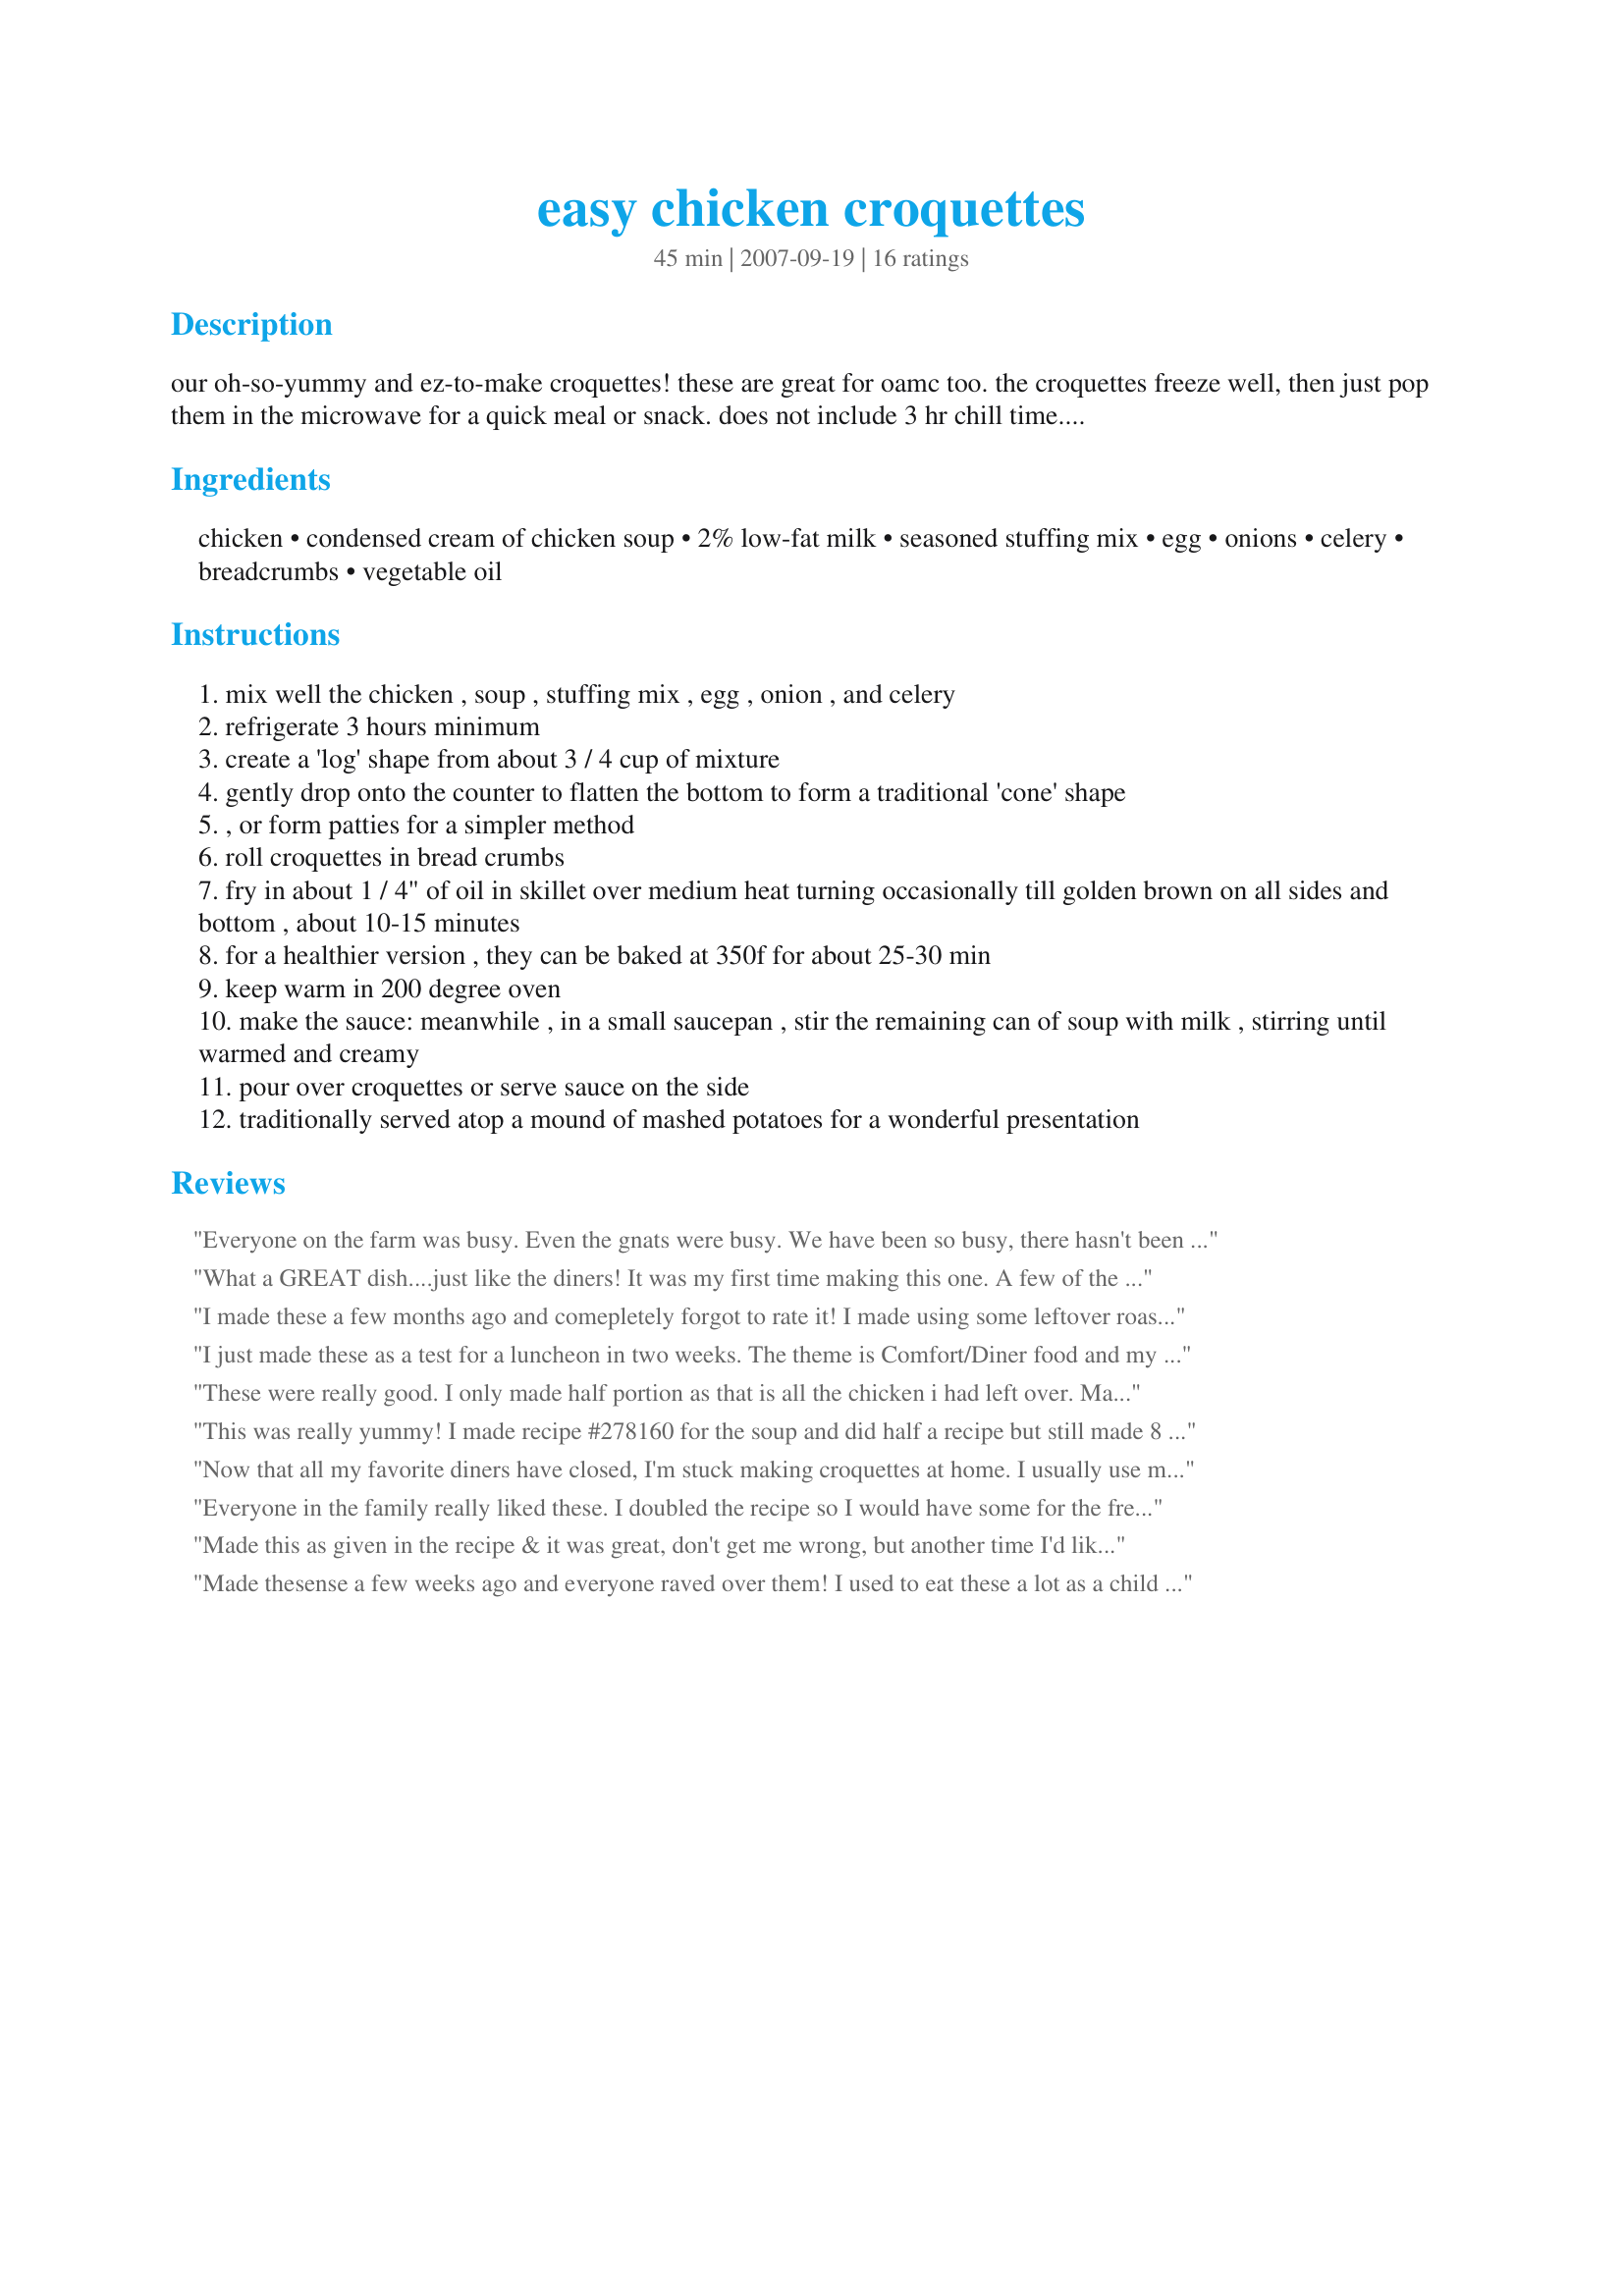
easy chicken croquettes
Preparation time: 45 minutes

our oh-so-yummy and ez-to-make croquettes! these are great for oamc too. the croquettes freeze well, then just pop them in the microwave for a quick meal or snack. does not include 3 hr chill time. cone shape is traditional for croquettes, but i have made patty shaped ones that are just as wonderful. try adding some chopped mushrooms too. thanksgiving leftovers?.. try recipe #266220 ;)

Ingredients:
chicken, condensed cream of chicken soup, 2% low-fat milk, seasoned stuffing mix, egg, onions, celery, breadcrumbs, vegetable oil

Steps:
mix well the chicken , soup , stuffing mix , egg , onion , and celery
refrigerate 3 hours minimum
create a 'log' shape from about 3 / 4 cup of mixture
gently drop onto the counter to flatten the bottom to form a traditional 'cone' shape
, or form patties for a simpler method
roll croquettes in bread crumbs
fry in about 1 / 4" of oil in skillet over medium heat turning occasionally till golden brown on all sides and bottom , about 10-15 minutes
for a healthier version , they can be baked at 350f for about 25-30 min
keep warm in 200 degree oven
make the sauce: meanwhile , in a small saucepan , stir the remaining can of soup with milk , stirring until warmed and creamy
pour over croquettes or serve sauce on the side
traditionally served atop a mound of mashed potatoes for a wonderful presentation

Reviews:
Everyone on the farm was busy. Even the gnats were busy. We have been so busy, there hasn't been a lot of time to make dinner, but this recipe helped us and helped our stomachs. Fortunately, I had a moment the day before to put these together. I had leftover chicken from the prior week, so I just used this in the base. The last quarter of an older loaf of homemade bread made the bread stuffing. and sage and herbs from my greenhouse herb garden. I let this also sit overnight as suggested in some homemade cream soup. Homemade breadcrumbs encased the croguettes and a bit of the gravy, and we were able to sit and relax with a more then down *home* comfort meal. Thanks for helping the farm to relax my friends! Made for *PRMR*
What a GREAT dish....just like the diners! It was my first time making this one. A few of the changes that I made...replaced can of chicken cream soup with can of cream of celery soup in the mix of stuffing etc. No onions or celery, added some poultry seasoning. Baked for 40 mintes then fryed in some oil until brown..this is key for the real deal. Served with mashed taters and corn...A REAL KEEPER!
I made these a few months ago and comepletely forgot to rate it! I made using some leftover roast chicken, low fat cream of chicken soup and stovetop stuffing mix. The DH LOVED them. Served with the apple and onion gravy I had made for the roast chicken. Thanks for a wonderful and easy way to use up some leftovers!
I just made these as a test for a luncheon in two weeks. The theme is Comfort/Diner food and my husband suggested chicken croquettes. I have never made or eaten them. He raved about them saying they were better than any he has had in diners. (and we lived in the diner capital of the US) Made my own cream of chicken soup as per suggested recipe in main recipe. Everything was delicious.
These were really good. I only made half portion as that is all the chicken i had left over. Made with Chicken & corn soup. 
very delish. thanks. Will be making again when i have left over chicken great way to use it up. Made for 2008 (May): Please Review My Recipe tag game.
This was really yummy! I made recipe #278160 for the soup and did half a recipe but still made 8 croquettes. I had cubed stuffing, so I just put it in the food processor for a bit. I would probably add some additional spices to it next time, too. Thanks, 2Bleu!! :)
Now that all my favorite diners have closed, I'm stuck making croquettes at home. I usually use my mother's old recipe (white sauce and finely diced chicken), but had stuffing mix I needed to use up, so I decided to give this a try. It definitely cuts down on the prep time and the results were tasty, if a bit heavy. I used a turkey gravy mix I had on hand instead of the soup gravy, and served over mashed potatoes with onion rings (the way I used to order it as a kid) and some cranberry sauce on the side. My kids don't understand why croquettes are special to me, but someday they'll have their own nostalgia foods to obsess over.
Everyone in the family really liked these. I doubled the recipe so I would have some for the freezer. I froze them after cooking them. I baked them, but they were not as browned as I would have expected. I will try frying them next time. Overall very yummy, but a bit messy to make up.
Made this as given in the recipe & it was great, don't get me wrong, but another time I'd like to use a homemade stuffing & perhaps even a homemade cream of chicken soup! Still, these were easy to make & made a nice meal served over brown rice! A DEFINITE KEEPER! [Tagged, made & reviewed in Please Review My Recipe]
Made thesense a few weeks ago and everyone raved over them! I used to eat these a lot as a child but don't recall them tasting HALF as delicious as these. Thanks for a delicious, easy, fast recipe that has now become a staple in our home!
This made for a tasty supper. My husband, who hadn't thought he'd like these, thought they were really good. I did add some poultry seasoning to the sauce. (Personal preference--I've used these soups as a sauce before and they just need a little something). I did leave out the onions and celery, as they weren't to be cooked before adding, and I didn't think I'd like them. I made patties and started them out in the oven, but they just didn't look very impressive when they were nearly done, so I quick fried them in a little light olive oil to add some crisp and color. We served with leftover garlic mashed potatoes and green beans. If not serving with potatoes, 1 can of soup would probably make plenty of sauce for my taste. Made for PRMR. Thanks for a great dinner!
Didn't try it. When I see canned condensed soup and stuffing out of a bag in the ingredient list it's flag down on the play and I look for another recipe that isn't chock full of salt and preservatives. Tasty, probably, healthy, not so much. For those who enjoy this recipe, go for it and thanks to the author for sharing. We all do what we can, just not always taking the same route.
From Reading, then Phila., PA and there they have chicken croquettes in the freezer for sale. How can I get then in Roanoke, VA where I now live??
Question do I use the 1/4 C milk for the mix?
My husband and I grew up in Chester County, Pa., close to the Lancaster area. Chicken croquettes were a delicious staple at all the diners and rest serving Pennsylvania Dutch food. We moved 12 years ago and haven&#039;t had them since. This recipe was super easy and very inexpensive to make. I doubled the recipe and fed 3 families, all of whom gave rave reviews! Thank you ever so much!!
Easy delish recipe that I doubled. I used leftover chicken breast, shredded with an onion and celery in the food processor. I chose to bake, on parchment paper, sprayed them with olive oil spray. Turned them half way through. Easy easy easy.
